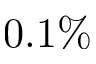
0 . 1 \%